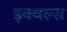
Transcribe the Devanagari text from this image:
इक्वल्स